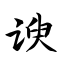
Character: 谀